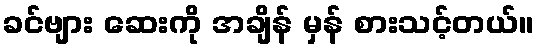
ခင်ဗျား ဆေးကို အချိန် မှန် စားသင့်တယ်။